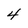
Character: 4